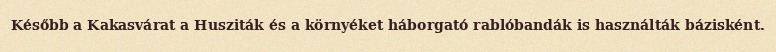
Később a Kakasvárat a Husziták és a környéket háborgató rablóbandák is használták bázisként.